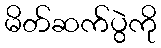
မိတ်ဆက်ပွဲကို